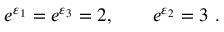
e ^ { \varepsilon _ { 1 } } = e ^ { \varepsilon _ { 3 } } = 2 , \qquad e ^ { \varepsilon _ { 2 } } = 3 ~ .